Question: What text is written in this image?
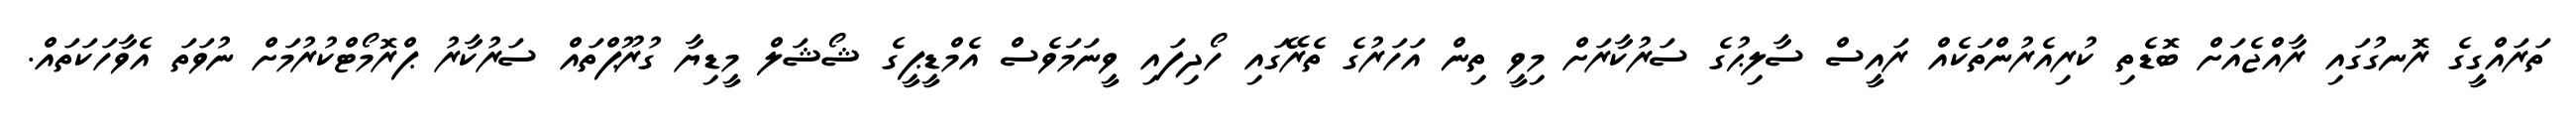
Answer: ތަރައްގީގެ ރޮނގުގައި ރާއްޖެއަށް ބޮޑެތި ކުރިއެރުންތަކެއް ރައީސް ސާލިޙުގެ ސަރުކާރަށް މިވީ ތިން އަހަރުގެ ތެރޭގައި ހޯދިފައި ވީނަމަވެސް އެމްޑީޕީގެ ޝޯޝަލް މީޑިޔާ ގުރޫޕްތައް ސަރުކާރު ޕްރޮމޯޓްކުރުމަށް ނުވަތަ އެވާހަކަތައް.